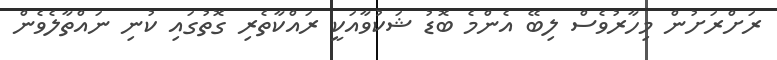
ރަށްރަށުން މިހާރުވެސް ލިބޭ އެންމެ ބޮޑު ޝަކުވާއަކީ ރައްކާތެރި ގޮތުގައި ކުނި ނައްތާލެވެން